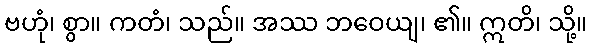
ဗဟုံ၊ စွာ။ ကတံ၊ သည်။ အဿ ဘဝေယျ၊ ၏။ ဣတိ၊ သို့။